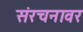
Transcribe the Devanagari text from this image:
संरचनावर